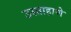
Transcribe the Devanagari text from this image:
उस्ताहाणे